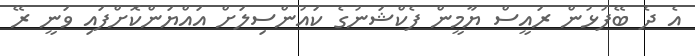
އެ ދެ ބޭފުޅުން ރައީސް ޔާމީން ފެކްޝަނުގެ ކައުންސިލަށް އައްޔަންކޮށްފައި ވަނީ ރޭ